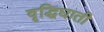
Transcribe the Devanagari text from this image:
वृद्धिघाती